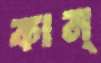
কান্